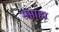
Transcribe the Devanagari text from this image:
सप्ताहा